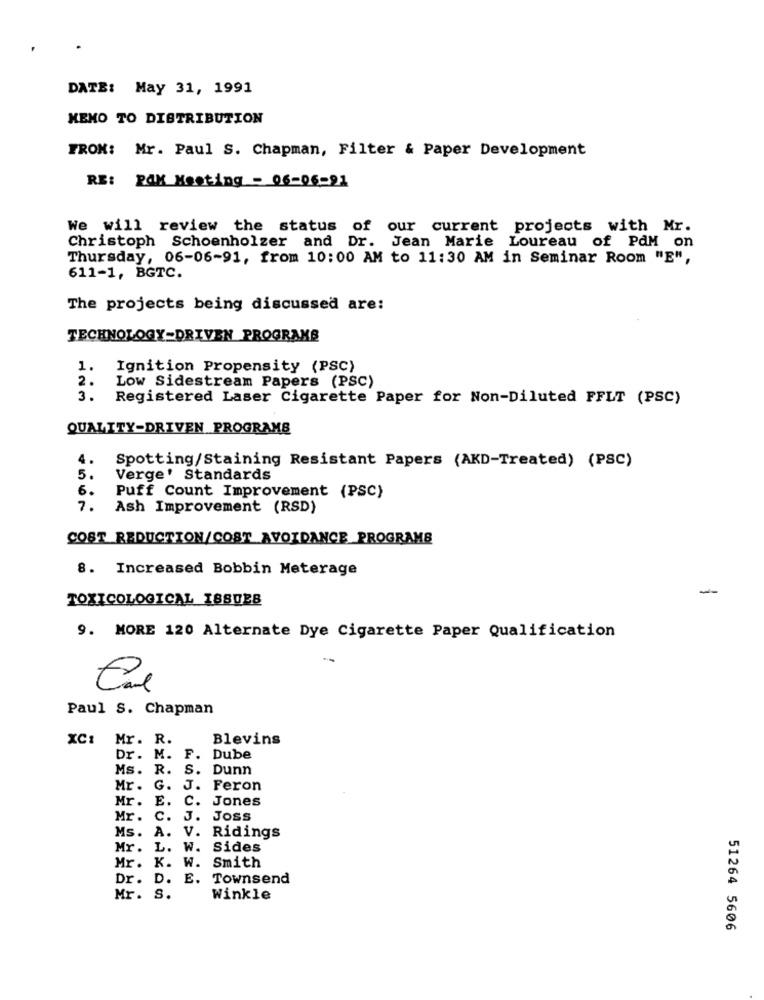
DATE: May 31, 1991
MEMO TO DISTRIBUTION
FROM: Mr. Paul S. Chapman, Filter & Paper Development
RE: PAK Meeting - 06-06-91
We will review the status of our current projects with Mr.
Christoph Schoenholzer and Dr. Jean Marie Loureau of PAM on
Thursday, 06-06-91, from 10:00 AM to 11:30 AM in Seminar Room "E",
611-1, BGTC.
The projects being discussed are:
TECHNOLOGY-DRIVEN PROGRAMS
1.
Ignition Propensity (PSC)
2.
Low Sidestream Papers (PSC)
3.
Registered Laser Cigarette Paper for Non-Diluted FFLT (PSC)
QUALITY-DRIVEN PROGRAMS
4.
Spotting/Staining Resistant Papers (AKD-Treated) (PSC)
5.
Verge' Standards
6.
Puff Count Improvement (PSC)
7.
Ash Improvement (RSD)
COST REDUCTION/COST AVOIDANCE PROGRAMS
8. Increased Bobbin Meterage
TOXICOLOGICAL ISSUES
9. MORE 120 Alternate Dye Cigarette Paper Qualification
Paul S. Chapman
XC1
Mr. R.
Blevins
Dr. M.
F. Dube
Ms. R.
S. Dunn
Mr .
G.
J. Feron
Mr.
E.
C. Jones
Mr.
C.
J.
Joss
Ms.
A.
V. Ridings
Mr .
L.
W. Sides
Mr.
K. W. Smith
Dr. D. E. Townsend
Mr.
S.
Winkle
51264 5606